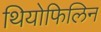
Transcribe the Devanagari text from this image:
थियोफिलिन